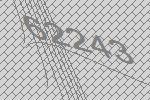
62243